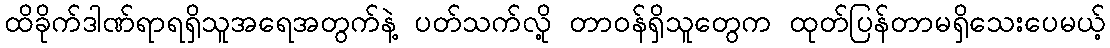
ထိခိုက်ဒါဏ်ရာရရှိသူအရေအတွက်နဲ့ ပတ်သက်လို့ တာဝန်ရှိသူတွေက ထုတ်ပြန်တာမရှိသေးပေမယ့်